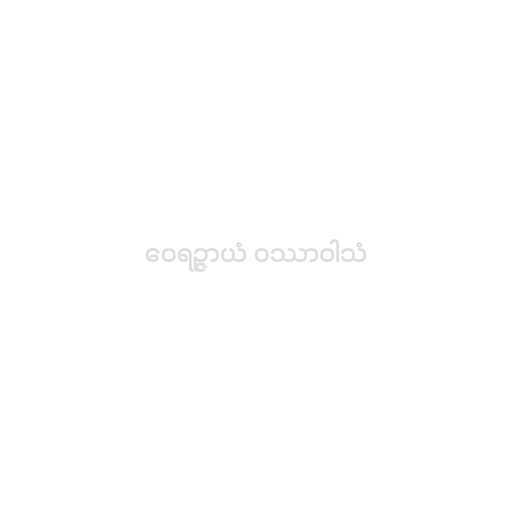
ဝေရဉ္ဇာယံ ဝဿာဝါသံ